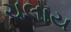
ચલાય